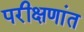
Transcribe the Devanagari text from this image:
परीक्षणांत